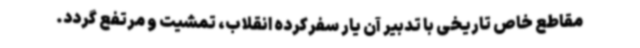
مقاطع خاص تاریخی با تدبیر آن یار سفرکرده انقلاب، تمشیت و مرتفع گردد.